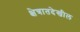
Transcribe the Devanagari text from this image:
क्षेत्रातदेखील